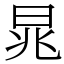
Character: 晁